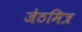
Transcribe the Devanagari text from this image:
जेठमित्र